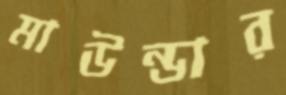
মাউন্ডার